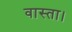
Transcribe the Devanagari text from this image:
वास्ता।